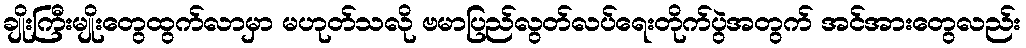
ချိုးကြီးမျိုးတွေထွက်လာမှာ မဟုတ်သလို ဗမာပြည်လွတ်လပ်ရေးတိုက်ပွဲအတွက် အင်အားတွေလည်း